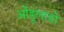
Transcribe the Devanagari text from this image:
ओंडूलाडो